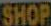
SHOP